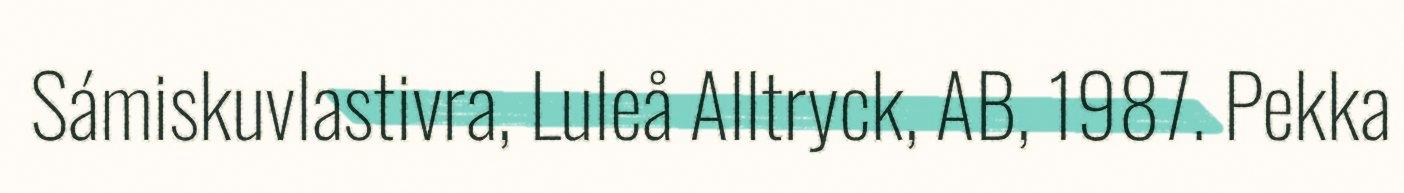
Sámiskuvlastivra, Luleå Alltryck, AB, 1987. Pekka